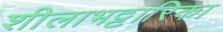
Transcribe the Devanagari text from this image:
शीलाभट्टारिका